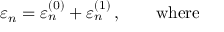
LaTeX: \varepsilon _ { n } = \varepsilon _ { n } ^ { ( 0 ) } + \varepsilon _ { n } ^ { ( 1 ) } \, , ~ ~ ~ ~ ~ ~ \mathrm { w h e r e }